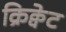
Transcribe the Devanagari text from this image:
क्रिक्वेट